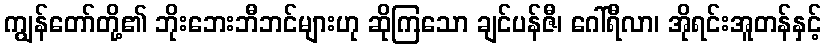
ကျွန်တော်တို့၏ ဘိုးဘေးဘီဘင်များဟု ဆိုကြသော ချင်ပန်ဇီ၊ ဂေါ်ရီလာ၊ အိုရင်းအူတန်နှင့်